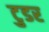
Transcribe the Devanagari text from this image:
टुडर